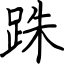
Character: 跦